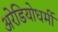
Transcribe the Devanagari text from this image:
अरेडियोधर्मी